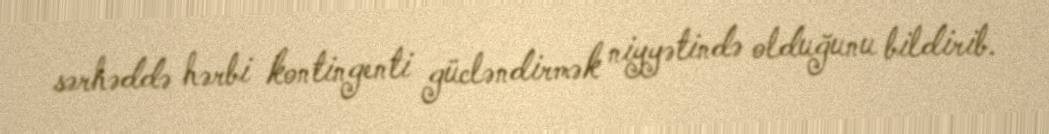
sərhəddə hərbi kontingenti gücləndirmək niyyətində olduğunu bildirib.